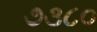
૭૩૮૦